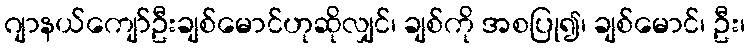
ဂျာနယ်ကျော်ဦးချစ်မောင်ဟုဆိုလျှင်၊ ချစ်ကို အစပြု၍၊ ချစ်မောင်၊ ဦး၊